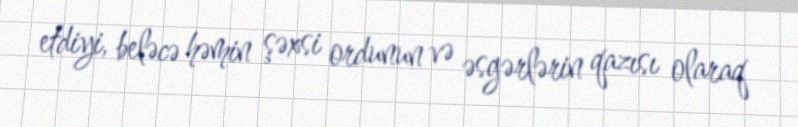
etdiyi, beləcə həmin şəxsi ordunun və əsgərlərin qazısı olaraq